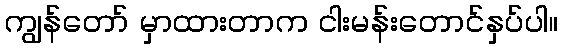
ကျွန်တော် မှာထားတာက ငါးမန်းတောင်နှပ်ပါ။